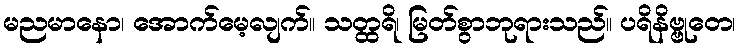
မညမာနော၊ အောက်မေ့လျက်။ သတ္ထရိ၊ မြတ်စွာဘုရားသည်။ ပရိနိဗ္ဗုတေ၊